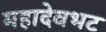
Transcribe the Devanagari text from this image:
महादेवभट